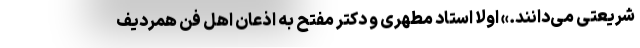
شریعتی می‌دانند.» اولاً استاد مطهری و دکتر مفتح به اذعان اهل فن همردیف